Calcutta medical institutions reports 1879-81 [i.e.91]
Year: 1879
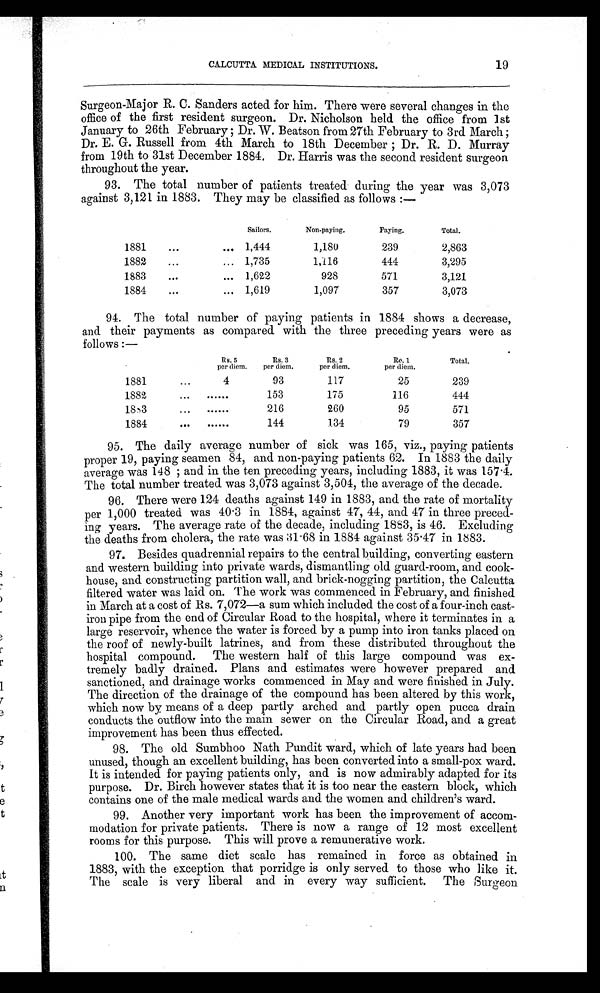
CALCUTTA MEDICAL INSTITUTIONS.
19
Surgeon-Major R. C. Sanders acted for him. There were several changes in the
office of the first resident surgeon. Dr. Nicholson held the office from 1st
January to 26th February; Dr. W. Beatson from 27th February to 3rd March;
Dr. E. G. Russell from 4th March to 18th December; Dr. R. D. Murray
from 19th to 31st December 1884. Dr. Harris was the second resident surgeon
throughout the year.
93. The total number of patients treated during the year was 3,073
against 3,121 in 1883. They may be classified as follows:—
Sailors.
Non-paying.
Paying.
Total.
1881
...
... 1,444
1,180
239
2,863
1882
...
... 1,735
1,116
444
3,295
1883
...
... 1,622
928
571
3,121
1884
...
... 1,619
1,097
357
3,073
94. The total number of paying patients in 1884 shows a decrease,
and their payments as compared with the three preceding years were as
follows:—
Rs. 5
per di em.
Rs. 3
per diem.
Rs. 2
per diem.
Re. 1
per diem.
Total.
1881
...
4
93
117
25
239
1882
...
......
153
175
116
444
183
...
......
216
260
95
571
1884
. . .
......
144
134
79
357
95. The daily average number of sick was 165, viz., paying patients
proper 19, paying seamen 84, and non-paying patients 62. In 1883 the daily
average was 148; and in the ten preceding years, including 1883, it was 157.4.
The total number treated was 3,073 against 3,504, the average of the decade.
96. There were 124 deaths against 149 in 1883, and the rate of mortality
per 1,000 treated was 40.3 in 1884, against 47, 44, and 47 in three preced-
ing years. The average rate of the decade, including 1883, is 46. Excluding
the deaths from cholera, the rate was 31.68 in 1884 against 35.47 in 1883.
97. Besides quadrennial repairs to the central building, converting eastern
and western building into private wards, dismantling old guard-room, and cook-
house, and constructing partition wall, and brick-nogging partition, the Calcutta
filtered water was laid on. The work was commenced in February, and finished
in March at a cost of Rs. 7,072—a sum which included the cost of a four-inch cast-
iron pipe from the end of Circular Road to the hospital, where it terminates in a
large reservoir, whence the water is forced by a pump into iron tanks placed on
the roof of newly-built latrines, and from these distributed throughout the
hospital compound. The western half of this large compound was ex-
tremely badly drained. Plans and estimates were however prepared and
sanctioned, and drainage works commenced in May and were finished in July.
The direction of the drainage of the compound has been altered by this work,
which now by, means of a deep partly arched and partly open pucca drain
conducts the outflow into the main sewer on the Circular Road, and a great
improvement has been thus effected.
98. The old Sumbhoo Nath Pundit ward, which of late years had been
unused, though an excellent building, has been converted into a small-pox ward.
It is intended for paying patients only, and is now admirably adapted for its
purpose. Dr. Birch however states that it is too near the eastern block, which
contains one of the male medical wards and the women and children's ward.
99. Another very important work has been the improvement of accom-
modation for private patients. There is now a range of 12 most excellent
rooms for this purpose. This will prove a remunerative work.
100. The same diet scale has remained in force as obtained in
1883, with the exception that porridge is only served to those who like it.
The scale is very liberal and in every way sufficient. The Surgeon